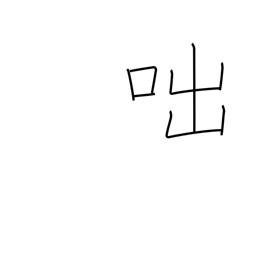
Meaning: cry out (in anger)